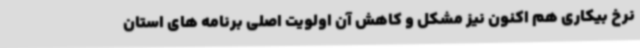
نرخ بیکاری هم اکنون نیز مشکل و کاهش آن اولویت اصلی برنامه های استان